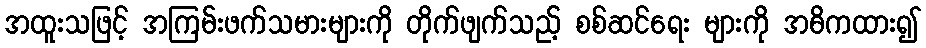
အထူးသဖြင့် အကြမ်းဖက်သမားများကို တိုက်ဖျက်သည့် စစ်ဆင်ရေး များကို အဓိကထား၍